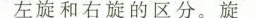
左旋和右旋的区分。旋